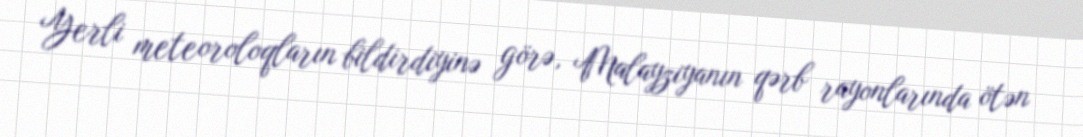
Yerli meteoroloqların bildirdiyinə görə, Malayziyanın qərb rayonlarında ötən